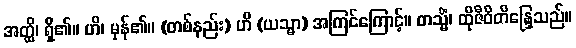
အတ္ထိ၊ ရှိ၏။ ဟိ၊ မှန်၏။ (တစ်နည်း) ဟိ (ယသ္မာ) အကြင်ကြောင့်။ တသ္မိံ၊ ထိုဇီဝိတိန္ဒြေသည်။